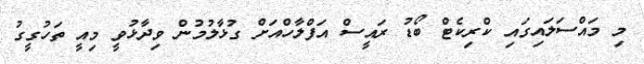
މި މައްސަލައިގައި ކްރިކެޓް ބޯޑު ރައީސް އަފްލާހްއަށް ގުޅާލުމުން ވިދާޅުވީ މިއީ ތަހުގީގު